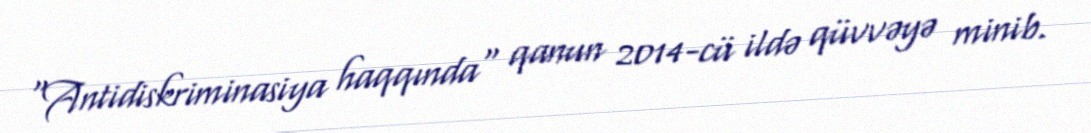
“Antidiskriminasiya haqqında" qanun 2014-cü ildə qüvvəyə minib.